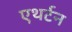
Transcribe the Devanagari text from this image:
एथर्टन